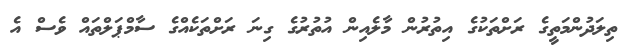
ތިލަދުންމަތީގެ ރަށްތަކުގެ އިތުރުން މާލެއިން އުތުރުގެ ގިނަ ރަށްތަކެއްގެ ސާމްޕަލްތައް ވެސް އެ